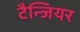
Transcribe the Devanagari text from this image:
टैन्जियर